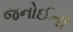
જનોઈની